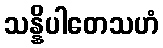
သန္နိပါတေသဟံ